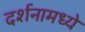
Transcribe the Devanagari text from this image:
दर्शनामध्ये